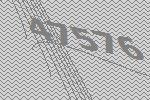
47576